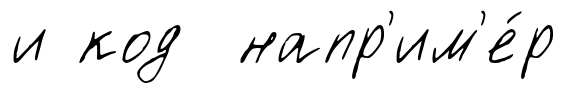
и код напр'им'е́р